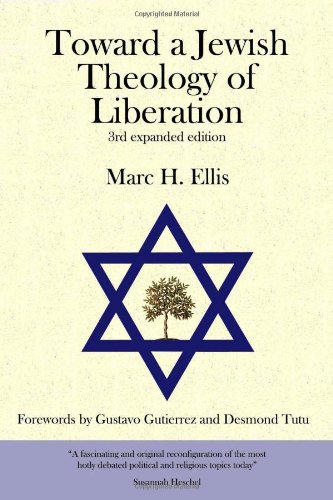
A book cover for Toward a Jewish Theology of Liberation: The Challenge of the 21st Century; Marc Ellis; Christian Books & Bibles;